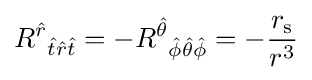
R^{\hat {r}}{}_{{\hat {t}}{\hat {r}}{\hat {t}}}=-R^{\hat {\theta }}{}_{{\hat {\phi }}{\hat {\theta }}{\hat {\phi }}}=-{\frac {r_{\text{s}}}{r^{3}}}